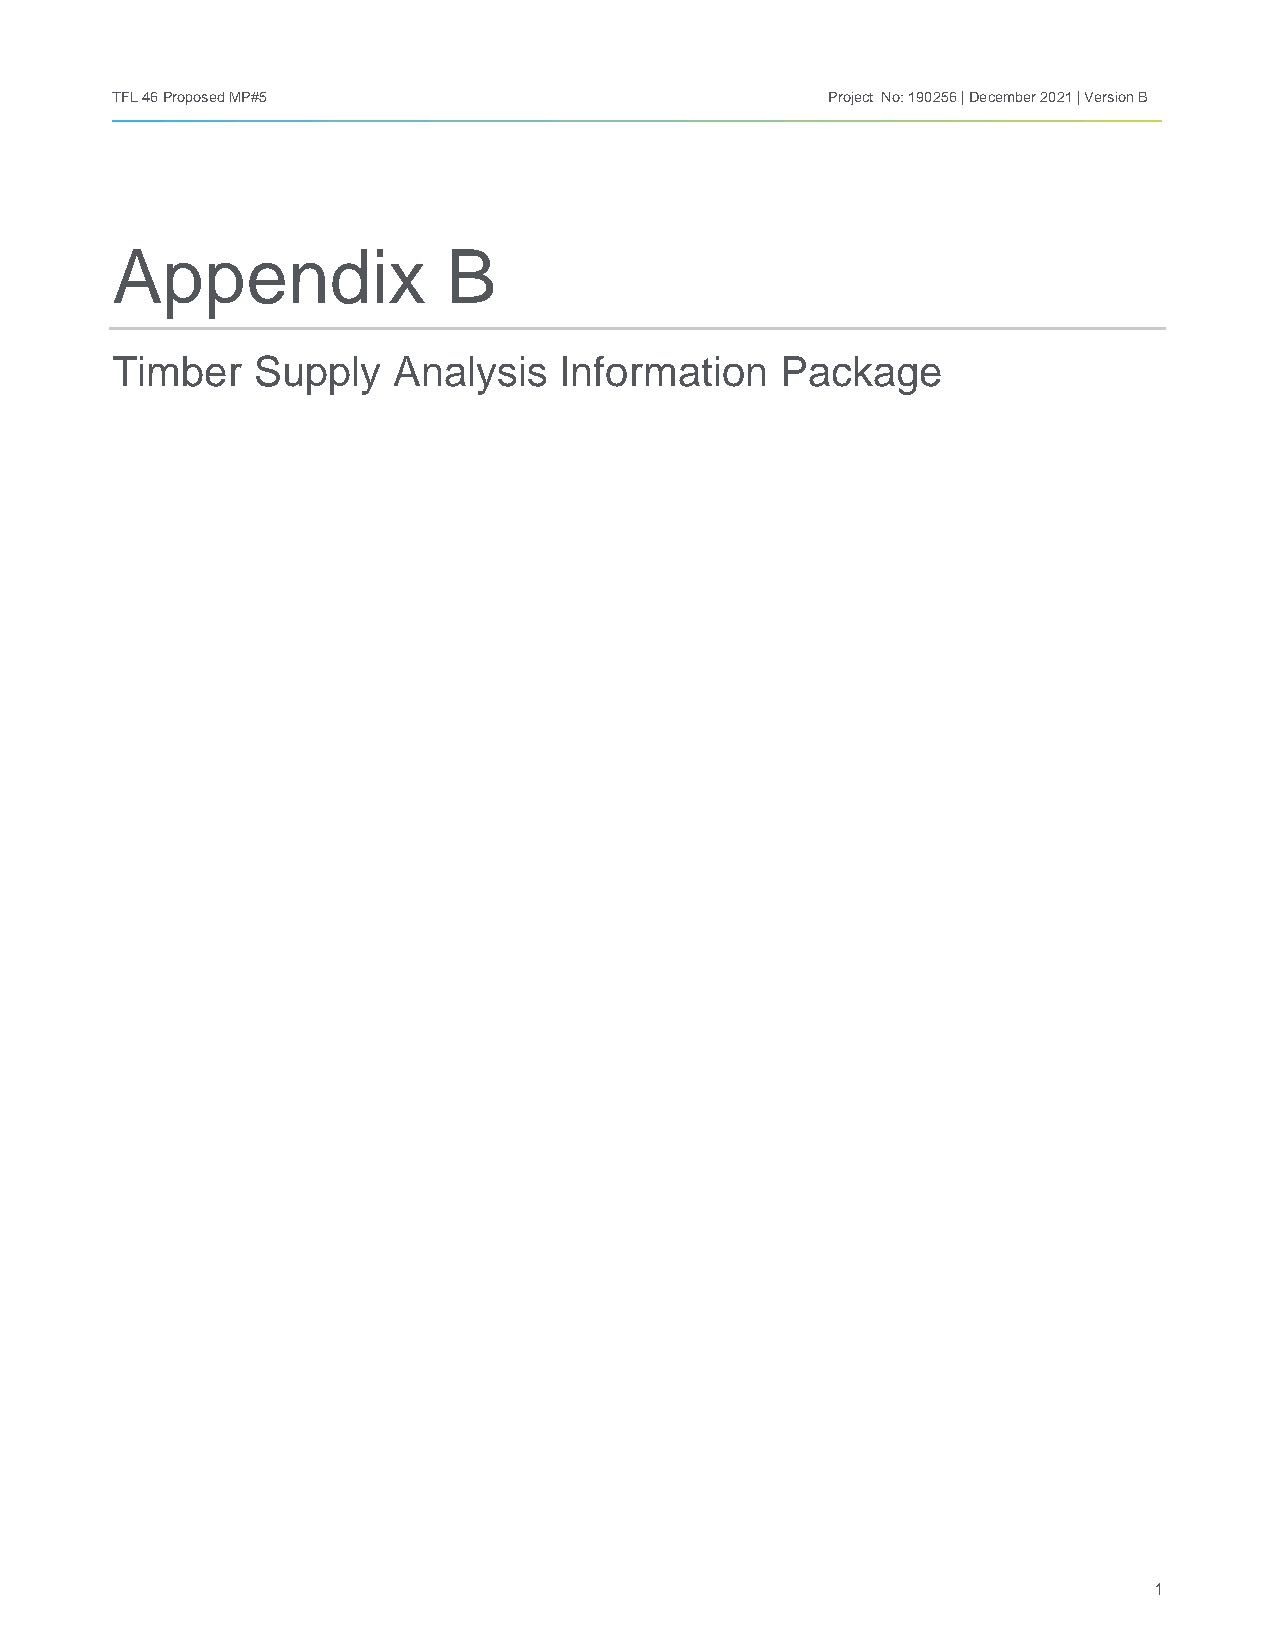
TFL 46 Proposed MP#5                            Project No: 190256 | December 2021 | Version B
 Appendix               B
 Timber    Supply   Analysis   Information    Package
 1